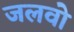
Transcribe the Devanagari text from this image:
जलवो